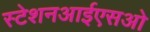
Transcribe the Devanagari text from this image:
स्टेशनआईएसओ